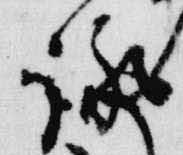
詠